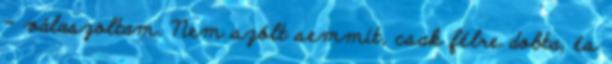
– válaszoltam. Nem szólt semmit, csak félre dobta, és